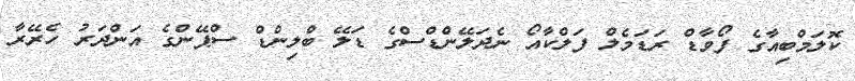
ކޮލަމްބިއާގެ ފޯވާޑް ރަޑަމެލް ފަލްކާއޯ ނެދަލޭންޑްސްގެ ޑަލޭ ބްލިންޑް ސްޕޭންގެ އަންދަރު ހެރޭރާ